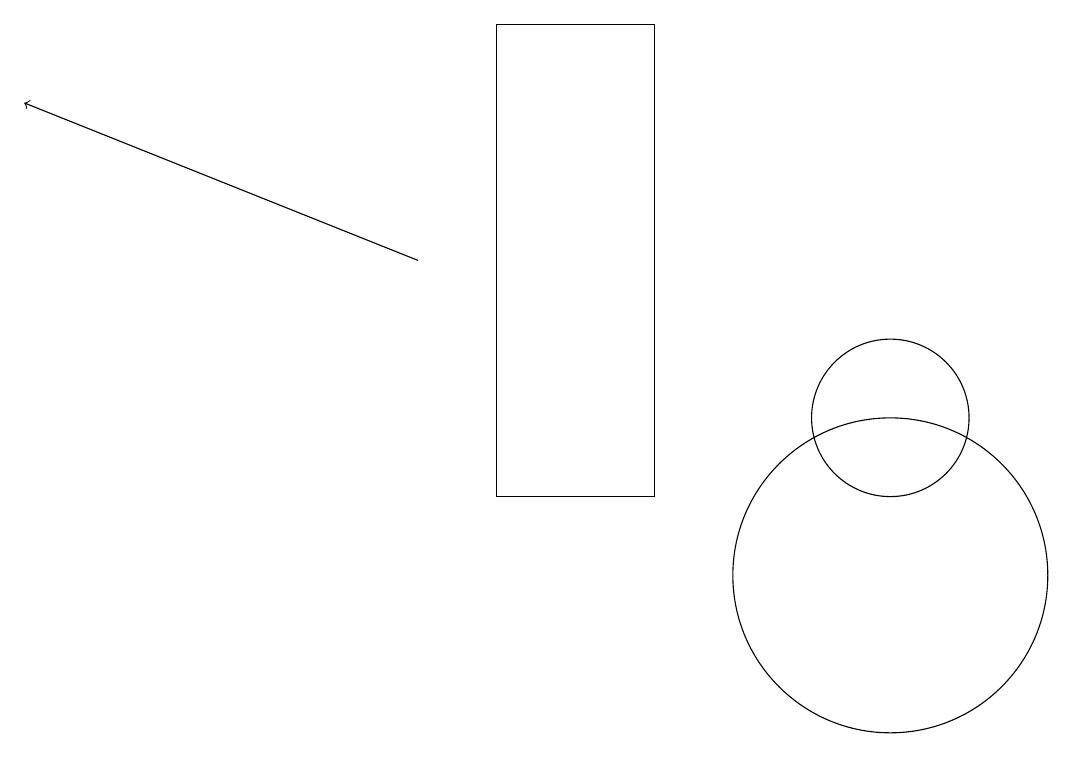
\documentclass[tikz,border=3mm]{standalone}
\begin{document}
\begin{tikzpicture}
\draw (11,10) circle (2);
\draw[->] (5,14) -- (0,16);
\draw (11,12) circle (1);
\draw (6,11) rectangle (8,17);
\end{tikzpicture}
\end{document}